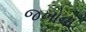
જખોના